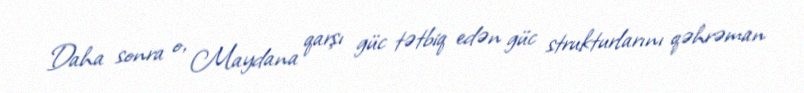
Daha sonra o, Maydana qarşı güc tətbiq edən güc strukturlarını qəhrəman